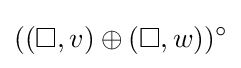
((\square ,v)\oplus (\square ,w))^{\circ }